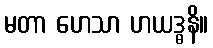
မတာ ဟေသာ ဟယဒ္ဓနိ။